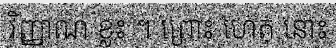
វិញ្ញាណ ខ្លះ ។ ព្រោះ ហេតុ នោះ